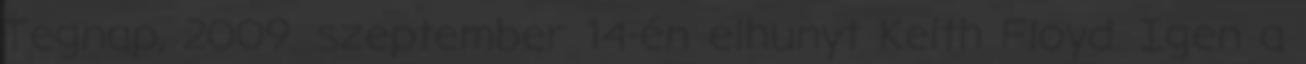
Tegnap, 2009. szeptember 14-én elhunyt Keith Floyd. Igen a